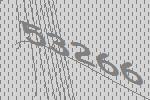
53266